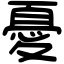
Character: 憂